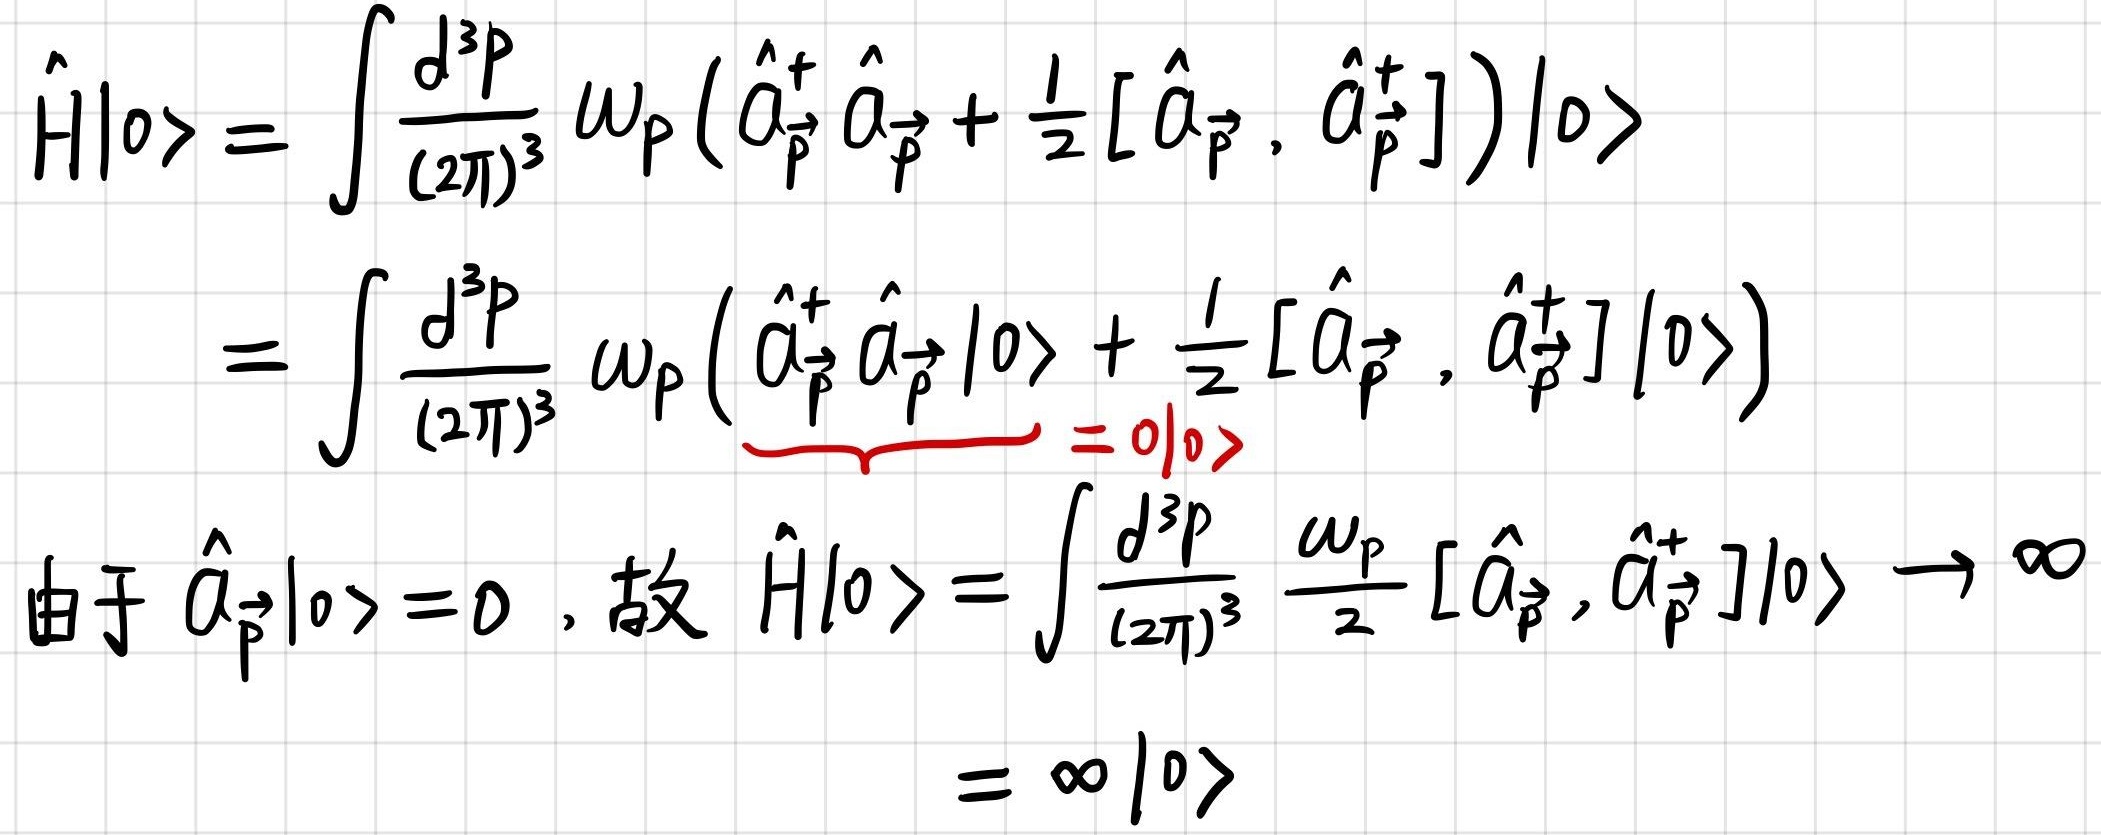
\[
\begin{align*}
\hat{H}|0\rangle&=\int\frac{d^{3}p}{(2\pi)^{3}}\omega_{\vec{p}}(\hat{a}_{\vec{p}}^{+}\hat{a}_{\vec{p}}+\frac{1}{2}[\hat{a}_{\vec{p}},\hat{a}_{\vec{p}}^{+}])|0\rangle\\
&=\int\frac{d^{3}p}{(2\pi)^{3}}\omega_{\vec{p}}(\underbrace{\hat{a}_{\vec{p}}^{+}\hat{a}_{\vec{p}}|0\rangle}_{=0|0\rangle}+\frac{1}{2}[\hat{a}_{\vec{p}},\hat{a}_{\vec{p}}^{+}]|0\rangle)\\
\text{由于 }\hat{a}_{\vec{p}}|0\rangle = 0\text{，故 }\hat{H}|0\rangle&=\int\frac{d^{3}p}{(2\pi)^{3}}\frac{\omega_{\vec{p}}}{2}[\hat{a}_{\vec{p}},\hat{a}_{\vec{p}}^{+}]|0\rangle\to\infty\\
&=\infty|0\rangle
\end{align*}
\]